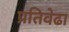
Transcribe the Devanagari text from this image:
प्रतिवेढा